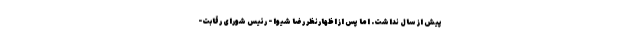
پیش از سال نداشت. اما پس از اظهارنظر رضا شیوا - رئیس شورای رقابت-